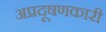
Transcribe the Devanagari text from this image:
अप्रदूषणकारी